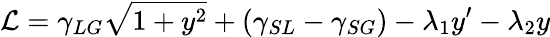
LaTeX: {\cal{L}}=\gamma_{LG}{\sqrt{1+y^{2}}}+(\gamma_{SL}-\gamma_{SG})-\lambda_{1}y^{\prime}-\lambda_{2}y